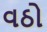
વઠો